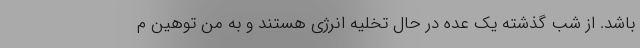
باشد. از شب گذشته یک عده در حال تخلیه انرژی هستند و به من توهین م